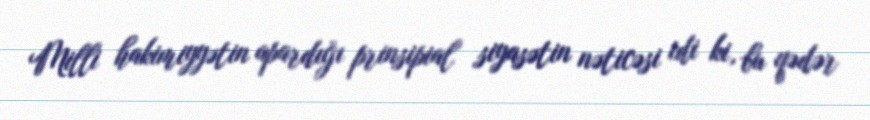
Milli hakimiyyətin apardığı prinsipial siyasətin nəticəsi idi ki, bu qədər